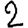
Digit: 2